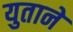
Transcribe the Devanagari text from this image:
युताने